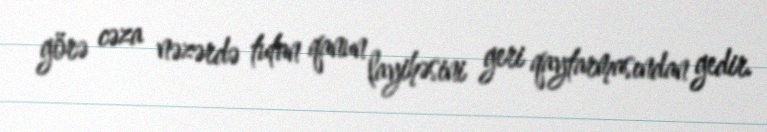
görə cəza nəzərdə tutan qanun layihəsini geri qaytarmasından gedir.